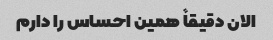
الان دقیقاً همین احساس را دارم